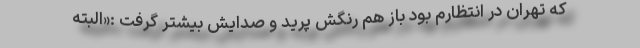
که تهران در انتظارم بود باز هم رنگش پرید و صدایش بیشتر گرفت :«البته